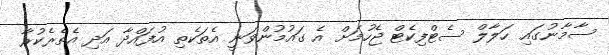
ސާމާނުގައި ހަލާލް ސެޓްފިކެޓް ޖެހުމަށް އެ ގައުމުންވަނީ އެތަކެތި އުފައްދާ އަދި އެތެރެކުރާ